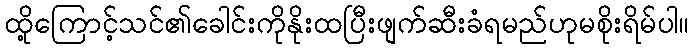
ထို့ကြောင့်သင်၏ခေါင်းကိုနိုးထပြီးဖျက်ဆီးခံရမည်ဟုမစိုးရိမ်ပါ။